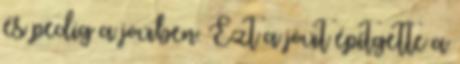
és pedig a jövıben. Ezt a jövıt építgette a